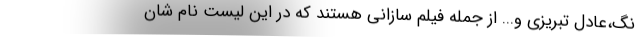
نگ،عادل تبریزی و... از جمله فیلم سازانی هستند که در این لیست نام شان